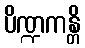
ပိဏ္ဍကန္တိ